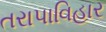
તરાપાવિહાર